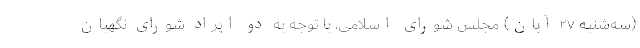
(سه‌شنبه ۲۷ آبان) مجلس شورای اسلامی، با توجه به دو ایراد شورای نگهبان